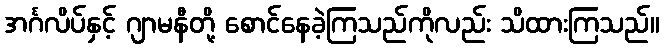
အင်္ဂလိပ်နှင့် ဂျာမနီတို့ စောင်နေခဲ့ကြသည်ကိုလည်း သိထားကြသည်။